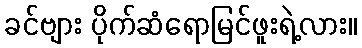
ခင်ဗျား ပိုက်ဆံရောမြင်ဖူးရဲ့လား။